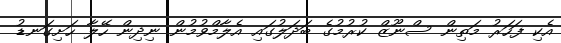
އެކި ފަހަރު މަތިން ސްނޫޒް ކުރުމުގެ ބަދަލުގައި އެލާމްވުމުން ނިދިން ހޭލާ ހަށިގަނޑު